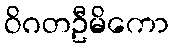
ဝိဂတဦမိကော